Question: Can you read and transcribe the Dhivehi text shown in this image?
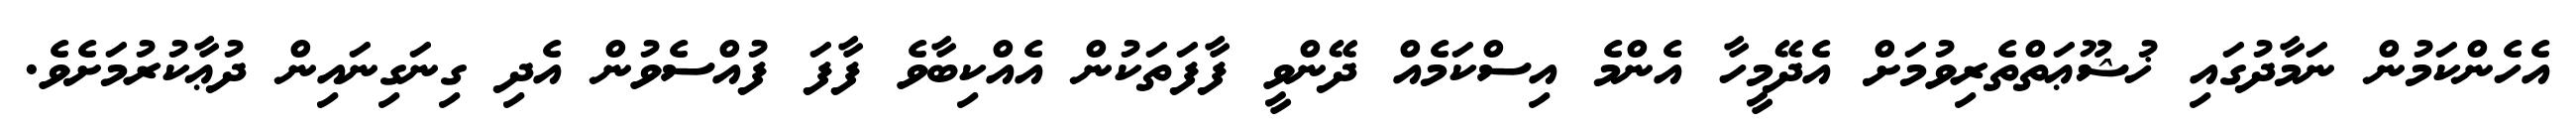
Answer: އެހެންކަމުން ނަމާދުގައި ޚުޝޫޢަތްތެރިވުމަށް އެދޭމީހާ އެންމެ އިސްކަމެއް ދޭންވީ ފާފަތަކުން އެއްކިބާވެ ފާފަ ފުއްސެވުން އެދި ގިނަގިނައިން ދުޢާކުރުމަށެވެ.